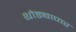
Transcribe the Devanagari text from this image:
थोड्यापार